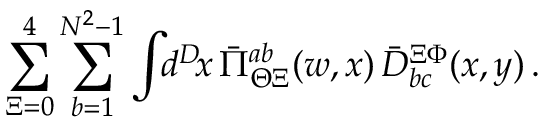
\sum _ { \Xi = 0 } ^ { 4 } \sum _ { b = 1 } ^ { N ^ { 2 } - 1 } \int \! \! d ^ { D } \! x \, \bar { \Pi } _ { \Theta \Xi } ^ { a b } ( w , x ) \, \bar { D } _ { b c } ^ { \Xi \Phi } ( x , y ) \, .